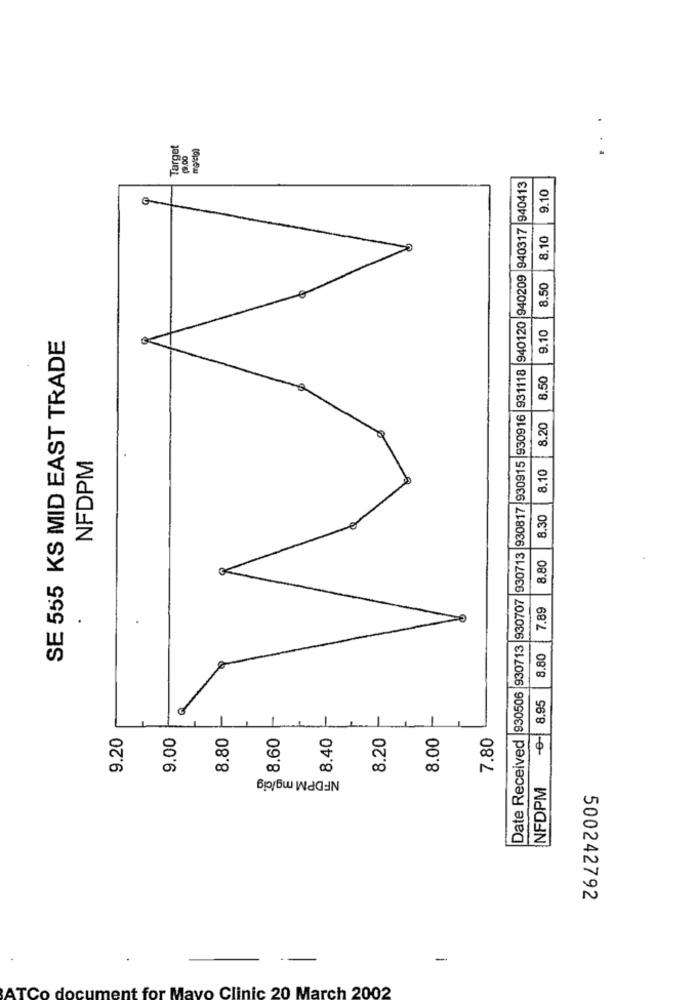
Target
29.00
Date Received 930506 930713 930707 930713 930817 930915 930916 931118 940120 940209 940317 940413
9.10
8.10
8.50
SE 555 KS MID EAST TRADE
9.10
8.50
8.20
NFDPM
8.10
8.30
8.80
7.89
8.80
0 8.95
9.20
9.00
8.80
8.60
8.40
8.20
8.00
7.80
NFDPM mg/cig
NFDPM
500242792
-
ATCo
document for Mayo Clinic 20 March 2002